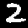
Label: 2